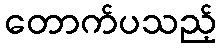
တောက်ပသည့်